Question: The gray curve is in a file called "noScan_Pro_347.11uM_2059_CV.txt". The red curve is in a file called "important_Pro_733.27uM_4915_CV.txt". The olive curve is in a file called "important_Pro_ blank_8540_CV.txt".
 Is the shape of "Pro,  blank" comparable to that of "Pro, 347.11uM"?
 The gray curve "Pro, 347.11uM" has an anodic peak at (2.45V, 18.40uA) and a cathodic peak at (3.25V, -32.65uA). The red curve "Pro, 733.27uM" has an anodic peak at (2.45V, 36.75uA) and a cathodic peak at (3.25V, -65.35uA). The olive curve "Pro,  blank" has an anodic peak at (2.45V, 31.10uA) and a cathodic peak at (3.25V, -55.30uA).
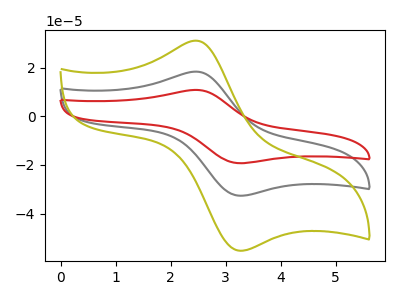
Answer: <think>All the peaks in "Pro,  blank" have a peak in "Pro, 347.11uM" at the same potential. Every peak in "Pro,  blank" is higher than every peak in "Pro, 347.11uM".
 </think>
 <answer>"Pro,  blank" and "Pro, 347.11uM" are similar in shape.</answer>
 <eval>same_shape</eval>